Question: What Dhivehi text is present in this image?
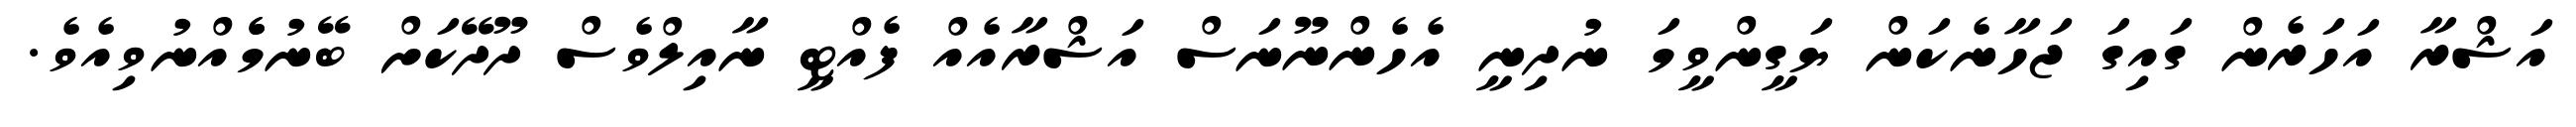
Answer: އަޝްރާ އަހަރެން ގައިގަ ޖަހާނެކަން ޔަގީންވީމަ ނުދިނީ އެހެންނޫނަސް އަޝްރާއެއް ފެއްޓީ ނާއިލްވެސް ދޫދޭކަށް ބޭނުމެެއްނުވިއެވެ.